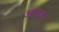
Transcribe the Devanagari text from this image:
आतवर